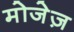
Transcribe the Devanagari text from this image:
मोजेज़